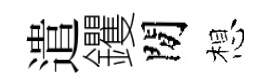
遣钁閒想